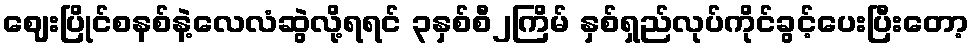
ဈေးပြိုင်စနစ်နဲ့လေလံဆွဲလို့ရရင် ၃နှစ်စီ၂ကြိမ် နှစ်ရှည်လုပ်ကိုင်ခွင့်ပေးပြီးတော့